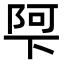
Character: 𮥌